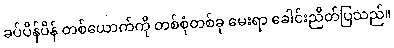
ခပ်ပိန်ပိန် တစ်ယောက်ကို တစ်စုံတစ်ခု မေးရာ ခေါင်းညိတ်ပြသည်။